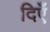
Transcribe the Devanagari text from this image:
दिएँ